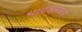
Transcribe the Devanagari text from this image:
भांडवलकर